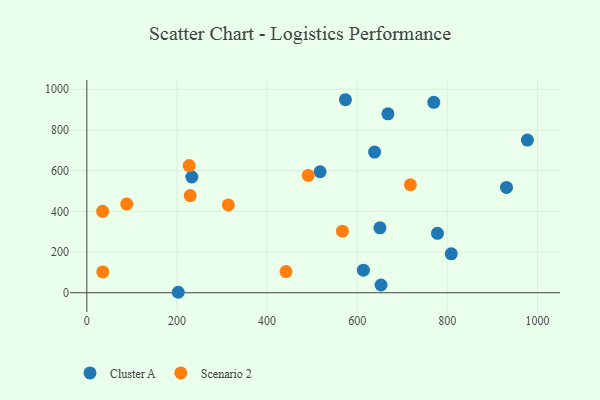
{"axis": {"x": "Ad Spend", "y": "Sales"}, "legend": ["Cluster A", "Scenario 2"], "data": [{"x": "638.5", "y": 691.2, "type": "Cluster A"}, {"x": "517.7", "y": 594.7, "type": "Cluster A"}, {"x": "652.9", "y": 38.0, "type": "Cluster A"}, {"x": "977.6", "y": 750.5, "type": "Cluster A"}, {"x": "769.9", "y": 935.8, "type": "Cluster A"}, {"x": "931.2", "y": 517.7, "type": "Cluster A"}, {"x": "613.8", "y": 111.0, "type": "Cluster A"}, {"x": "668.2", "y": 879.2, "type": "Cluster A"}, {"x": "650.5", "y": 319.0, "type": "Cluster A"}, {"x": "778.1", "y": 292.1, "type": "Cluster A"}, {"x": "233.1", "y": 568.8, "type": "Cluster A"}, {"x": "808.7", "y": 191.4, "type": "Cluster A"}, {"x": "202.9", "y": 2.3, "type": "Cluster A"}, {"x": "573.9", "y": 948.7, "type": "Cluster A"}, {"x": "567.2", "y": 302.7, "type": "Scenario 2"}, {"x": "35.4", "y": 102.1, "type": "Scenario 2"}, {"x": "718.0", "y": 530.8, "type": "Scenario 2"}, {"x": "88.6", "y": 435.8, "type": "Scenario 2"}, {"x": "227.1", "y": 624.8, "type": "Scenario 2"}, {"x": "35.1", "y": 400.0, "type": "Scenario 2"}, {"x": "314.0", "y": 431.7, "type": "Scenario 2"}, {"x": "442.0", "y": 104.2, "type": "Scenario 2"}, {"x": "229.5", "y": 477.6, "type": "Scenario 2"}, {"x": "491.4", "y": 576.5, "type": "Scenario 2"}]}